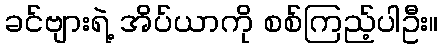
ခင်ဗျားရဲ့ အိပ်ယာကို စစ်ကြည့်ပါဦး။